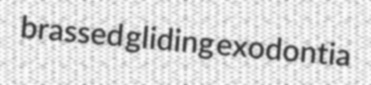
brassed gliding exodontia